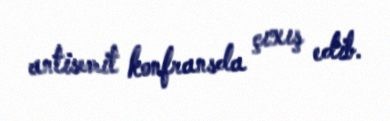
antisemit konfransda çıxış edib.